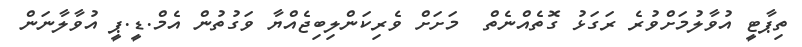
ތިޕާޓީ އުވާލުމަށްވުރެ ރަގަޅު ގޮތެއްނެތް  މަށަށް ވެރިކަންލިބިޖެއްޔާ ވަގުތުން އެމް.ޑީ.ޕީ އުވާލާނަން